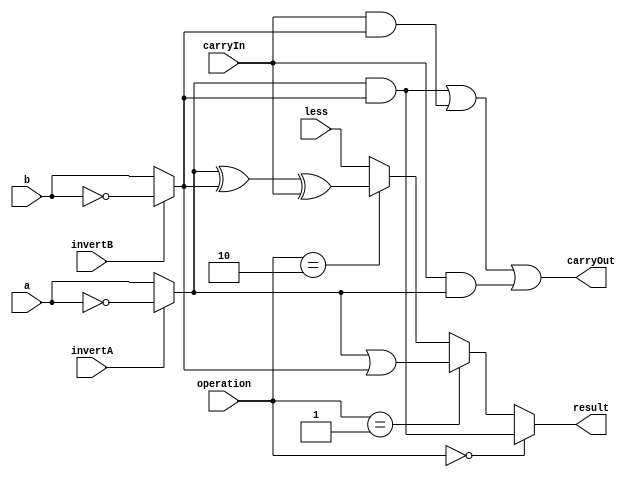
module ALU_1bit( result, carryOut, a, b, invertA, invertB, operation, carryIn, less ); 
  
  output wire result;
  output wire carryOut;
  
  input wire a;
  input wire b;
  input wire invertA;
  input wire invertB;
  input wire[1:0] operation;
  input wire carryIn;
  input wire less;
  
  /*your code here*/ 
  wire output0;
  wire output1;
  wire output2;
  wire output3;
  wire actA, actB;

  assign actA = ( invertA == 1) ? ~a : a ; 
  assign actB = ( invertB == 1) ? ~b : b ; 


  assign output0 = actA & actB;
  assign output1 = actA | actB;
  assign output2 = actA ^ actB ^ carryIn;
  assign carryOut = ( actA & actB ) | ( carryIn & actB ) | ( carryIn & actA );
  assign output3 = less;

  assign result = ( operation == 2'b00 ) ? output0 :
		  ( operation == 2'b01 ) ? output1 :
		  ( operation == 2'b10 ) ? output2 : output3;
endmodule